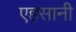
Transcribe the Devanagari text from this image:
एहसानी